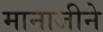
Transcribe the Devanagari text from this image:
मानाजीने